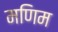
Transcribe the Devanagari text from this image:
मणिम